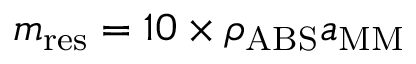
m _ { \mathrm { r e s } } = 1 0 \times \rho _ { \mathrm { A B S } } a _ { \mathrm { M M } }